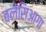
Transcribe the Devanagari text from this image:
बलेंसिआगा